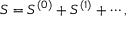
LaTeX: S = S ^ { ( 0 ) } + S ^ { ( 1 ) } + \cdots ,